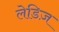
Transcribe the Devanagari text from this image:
लेडिज़